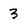
Character: 3